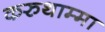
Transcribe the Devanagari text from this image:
करुथाम्मा